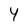
Character: 4